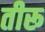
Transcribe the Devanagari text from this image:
तीरू